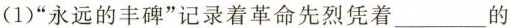
(1)“永远的丰碑”记录着革命先烈凭着___的